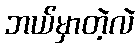
ဘယ်မှာတဲ့လဲ